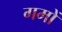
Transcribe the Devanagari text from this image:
गमों